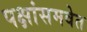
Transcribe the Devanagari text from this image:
पक्षांसमवेत